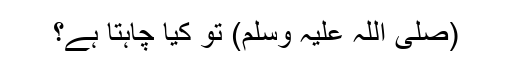
(صلی اللہ علیہ وسلم) تو کیا چاہتا ہے؟